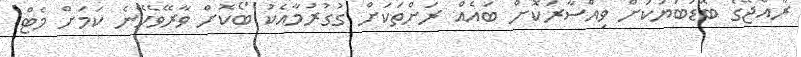
ރާއްޖޭގެ ބޮޑުބަޔަކަށް ވިއްސާރަކޮށް ބައެއް ރަށްތަކަށް ގުގުރުމާއެކު ބޯކޮށް ވާރޭވެހޭނެ ކަމަށް މެޓް